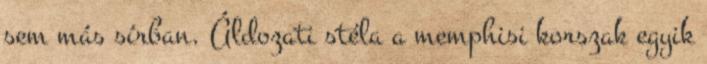
sem más sírban. Áldozati stéla a memphisi korszak egyik